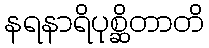
နရနာရိပုစ္ဆိတာတိ